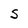
Character: S